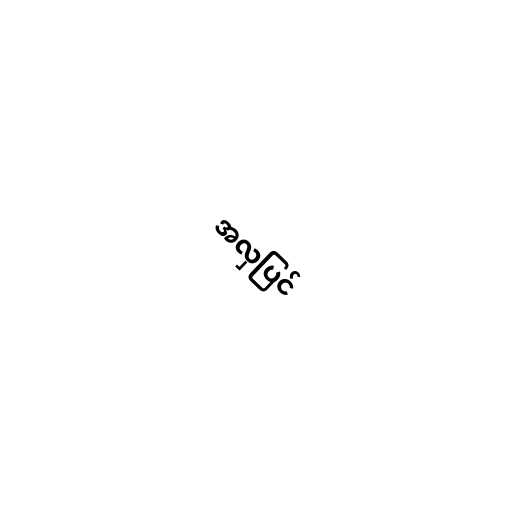
အလှပြင်